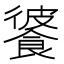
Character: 𩜔